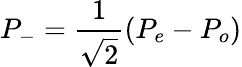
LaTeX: P_{-}=\frac{1}{\sqrt{2}}\left(P_{e}-P_{o}\right)